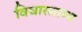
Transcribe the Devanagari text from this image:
विचारसाम्य